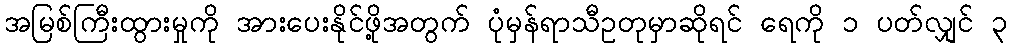
အမြစ်ကြီးထွားမှုကို အားပေးနိုင်ဖို့အတွက် ပုံမှန်ရာသီဥတုမှာဆိုရင် ရေကို ၁ ပတ်လျှင် ၃